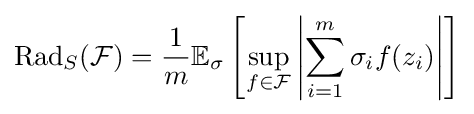
\operatorname {Rad} _{S}({\mathcal {F}})={\frac {1}{m}}\mathbb {E} _{\sigma }\left[\sup _{f\in {\mathcal {F}}}\left|\sum _{i=1}^{m}\sigma _{i}f(z_{i})\right|\right]